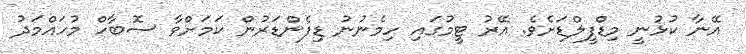
އޭނާ ކުޅުނީ މިޑްފީލްޑަށެވެ. އޭރު ޓީމުގައި ހިމެނުނު ޑިފެންޑަރުން ކަމަށްވާ ސޮބާހް މުހައްމަދު